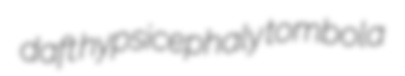
daft hypsicephaly tombola